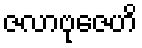
ဇလာဗုဇေဟိ